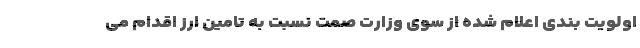
اولویت بندی اعلام شده از سوی وزارت صمت نسبت به تامین ارز اقدام می